Vaccination in Bombay 1902-1912 - 1902-1912
Year: 1902
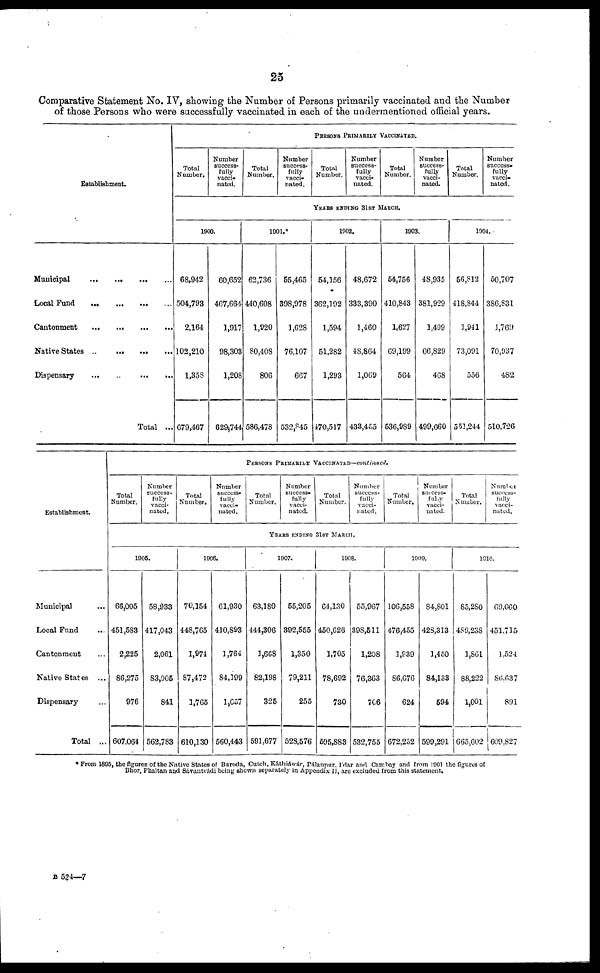
25
Comparative Statement No. IV, showing the Number of Persons primarily vaccinated and the Number
of those Persons who were successfully vaccinated in each of the undermentioned official years.
Establishment.
Municipal
...
...
...
...
Local Fund
...
...
...
...
Cantonment
...
...
...
...
Native States
...
...
...
...
Dispensary
...
...
...
...
Total ...
PERSONS PRIMARILY VACCINATED.
Total
Number.
Number
success-
fully
vacci-
nated.
Total
Number.
Number
success-
fully
vacci-
nated.
Total
Number.
Number
success-
fully
vacci-
nated.
Total
Number.
Number
success-
fully
vacci-
nated.
Total
Number.
Number
success-
fully
vacci-
nated.
YEARS ENDING 31ST MARCH.
1900.
68,942
504,793
2,164
102,210
1,358
679,467
60,652
467,664
1,917
98,303
1,208
629,744
1901.*
62,736
440,608
1,920
80,408
806
586,478
55,465
398,978
1,628
76,107
667
532,845
1902.
54,156
362,192
1,594
51,282
1,293
470,517
48,672
333,390
1,460
48,864
1,069
433,455
1903.
54,756
410,843
1,627
69,199
564
536,989
48,935
381,929
1,499
66,829
468
499,660
1904.
56,812
418,844
1,941
73,091
556
551,244
50,707
386,831
1,769
70,937
482
510,726
Establishment.
Municipal ...
Local Fund ...
Cantonment ...
Native States ...
Dispensary ...
Total ...
PERSONS PRIMARILY VACCINATED—continued.
Total
Number.
Number
success-
fully
vacci-
nated.
Total
Number.
Number
success-
fully
vacci-
nated.
Total
Number.
Number
success-
fully
vacci-
nated.
Total
Number.
Number
success-
fully
vacci-
nated.
Total
Number.
Number
success-
fully
vacci-
nated.
Total
Number.
Number
success-
fully
vacci-
nated.
YEARS ENDING 31ST MARCH.
1905.
66,005
451,583
2,225
86,275
976
607,064
58,933
417,043
2,061
83,905
841
562,783
1906.
70,154
448,765
1,974
87,472
1,765
610,130
61,930
410,893
1,764
84,199
1,657
560,443
1907.
63,180
444,306
1,668
82,198
325
591,677
55,205
392,555
1,350
79,211
255
528,576
1908.
64,130
450,626
1,705
78,692
730
595,883
55,967
398,511
1,208
76,363
706
532,755
1909.
106,558
476,455
1,939
86,676
624
672,252
84,801
428,313
1,450
84,133
594
599,291
1910.
85,280
489,238
1,861
88,222
1,001
665,602
69,060
451,715
1,524
86,637
891
609,827
* From 1895, the figures of the Native States of Baroda, Cutch, Káthiáwár, Pálanpur, I'dar and Cambay and from 1901 the figures of
Bhor, Phaltan and Sávantvádi being shown separately in Appendix II, are excluded from this statement.
B 534—7